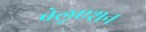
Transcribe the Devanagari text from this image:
वेलूएशन